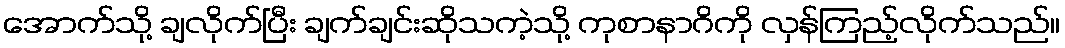
အောက်သို့ ချလိုက်ပြီး ချက်ချင်းဆိုသကဲ့သို့ ကုစာနာဂိကို လှန်ကြည့်လိုက်သည်။